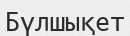
Бүлшықет